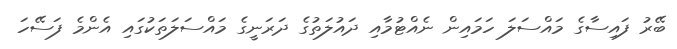
ބޭރު ފައިސާގެ މައްސަލަ ހަމައިން ނެއްޓުމާއި ދައުލަތުގެ ދަރަނީގެ މައްސަލަތަކުގައި އެންމެ ފަސޭހަ